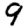
Digit: 9